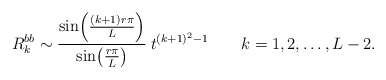
\begin{align*}R_k^{bb}\sim\frac{\sin\!\left(\frac{(k+1)r\pi}{L}\right)}{\sin\!\left(\frac{r\pi}{L}\right)} \:t^{(k+1)^2-1} \qquad k=1,2,\ldots,L-2.\end{align*}